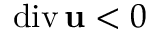
\mathrm { d i v } \, { \bf u } < 0